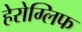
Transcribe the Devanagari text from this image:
हेरोग्लिफ